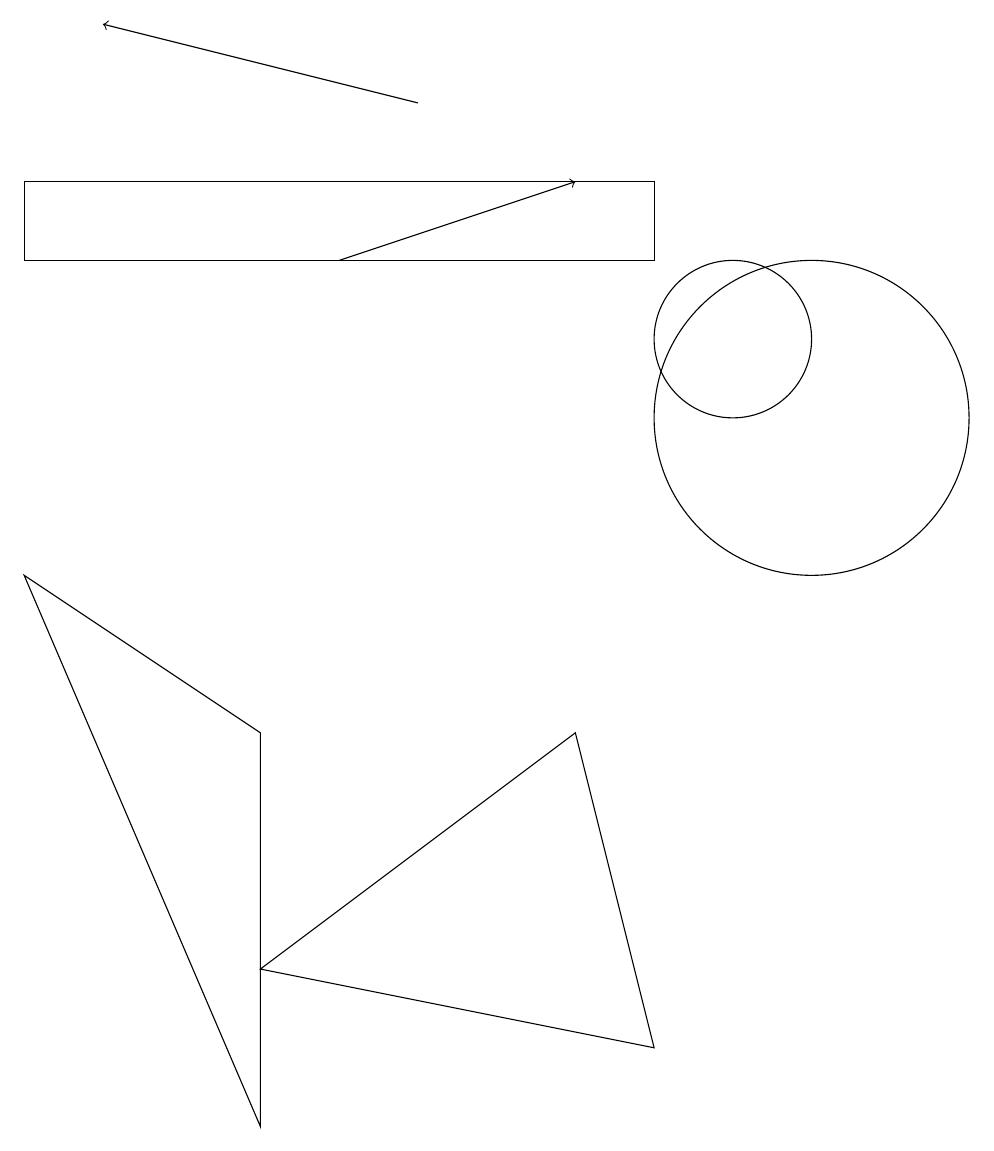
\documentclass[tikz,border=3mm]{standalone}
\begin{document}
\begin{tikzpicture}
\draw (9,3) -- (4,4) -- (8,7) -- cycle;
\draw (11,11) circle (2);
\draw (10,12) circle (1);
\draw (9,14) rectangle (1,13);
\draw[->] (6,15) -- (2,16);
\draw (4,7) -- (4,2) -- (1,9) -- cycle;
\draw[->] (5,13) -- (8,14);
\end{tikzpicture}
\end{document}